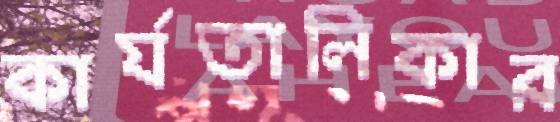
কার্যতালিকার